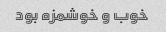
خوب و خوشمزه بود